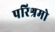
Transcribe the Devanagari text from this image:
परिश्रमो